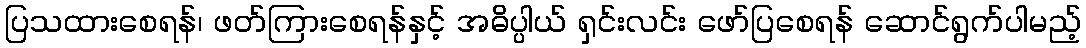
ပြသထားစေရန်၊ ဖတ်ကြားစေရန်နှင့် အဓိပ္ပါယ် ရှင်းလင်း ဖော်ပြစေရန် ဆောင်ရွက်ပါမည့်